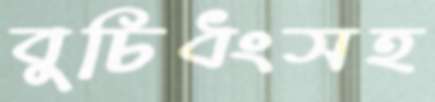
বুচিধংসহ